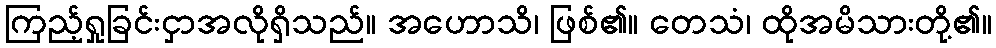
ကြည့်ရှုခြင်းငှာအလိုရှိသည်။ အဟောသိ၊ ဖြစ်၏။ တေသံ၊ ထိုအမိသားတို့၏။